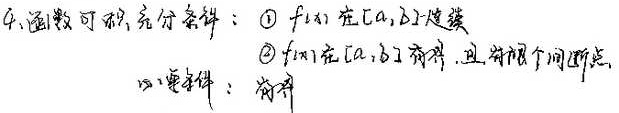
4. 函数可积充分条件：
\textcircled{1} \(f(x)\) 在 \([a,b]\) 上连续
\textcircled{2} \(f(x)\) 在 \([a,b]\) 有界，且有限个间断点
必要条件：有界